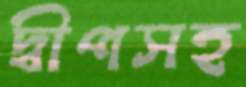
দ্বীপসহ